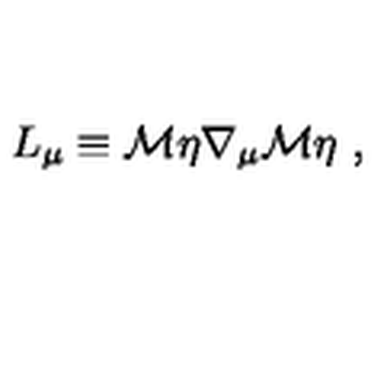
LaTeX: L _ { \mu } \equiv { \cal M } \eta \nabla _ { \mu } { \cal M } \eta \ ,